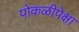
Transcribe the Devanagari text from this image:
पोकळीपेक्षा